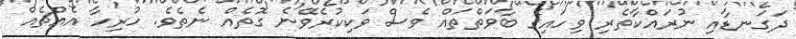
ދަގަނޑާއި ނުރައްކާތެރި ވިހައިގެ ބާވަތްތައް ވެސް ވަކިކުރެވޭނެ ގޮތެއް ނެތެވެ. ހުރިހާ އެއްޗެއް